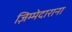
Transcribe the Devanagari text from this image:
ज़िम्मेदाराना